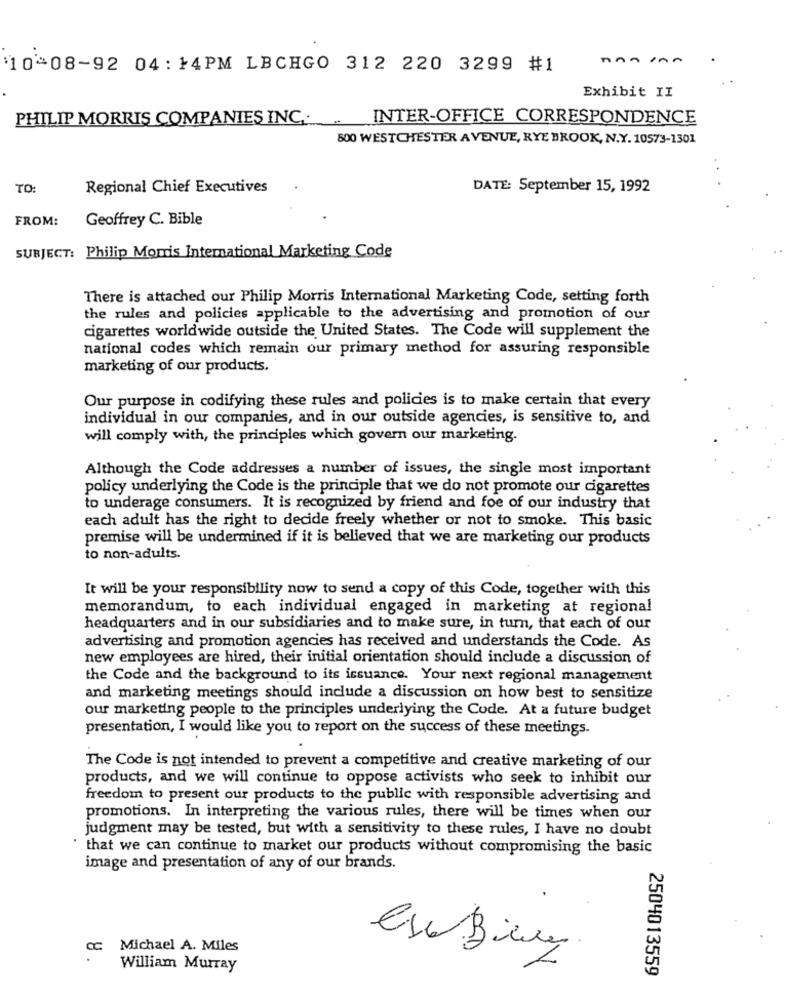
$10 08-92 04: 14PM LBCHGO 312 220 3299 #1
Exhibit II
PHILIP MORRIS COMPANIES INC. INTER-OFFICE CORRESPONDENCE
800 WESTCHESTER AVENUE, RYE BROOK, N.Y. 10573-1301
TO:
Regional Chief Executives
DATE: September 15, 1992
FROM:
Geoffrey C. Bible
SUBJECT: Philip Morris International Marketing Code
There is attached our Philip Morris International Marketing Code, setting forth
the rules and policies applicable to the advertising and promotion of our
cigarettes worldwide outside the United States. The Code will supplement the
national codes which remain our primary method for assuring responsible
marketing of our products.
Our purpose in codifying these rules and policies is to make certain that every
individual in our companies, and in our outside agencies, is sensitive to, and
will comply with, the principles which govern our marketing.
Although the Code addresses a number of issues, the single most important
policy underlying the Code is the principle that we do not promote our cigarettes
to underage consumers. It is recognized by friend and foe of our industry that
each adult has the right to decide freely whether or not to smoke. This basic
premise will be undermined if it is believed that we are marketing our products
to non-adults.
It will be your responsibility now to send a copy of this Code, together with this
memorandum, to each individual engaged in marketing at regional
headquarters and in our subsidiaries and to make sure, in turn, that each of our
advertising and promotion agencies has received and understands the Code. As
new employees are hired, their initial orientation should include a discussion of
the Code and the background to its issuance. Your next regional management
and marketing meetings should include a discussion on how best to sensitize
our marketing people to the principles underlying the Code. At a future budget
presentation, I would like you to report on the success of these meetings.
The Code is not intended to prevent a competitive and creative marketing of our
products, and we will continue to oppose activists who seek to inhibit our
freedom to present our products to the public with responsible advertising and
promotions. In interpreting the various rules, there will be times when our
judgment may be tested, but with a sensitivity to these rules, I have no doubt
' that we can continue to market our products without compromising the basic
image and presentation of any of our brands.
Michael A. Miles
William Murray
2504013559